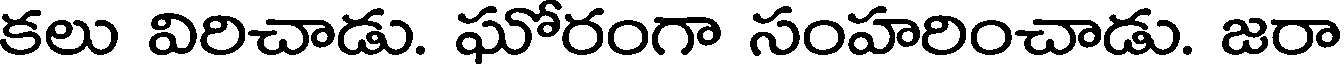
కలు విరిచాడు. ఘోరంగా సంహరించాడు. జరా